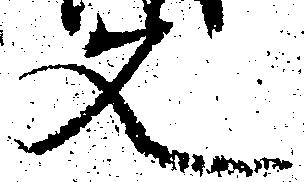
文